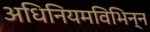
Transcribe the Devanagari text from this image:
अधिनियमविभिन्न